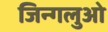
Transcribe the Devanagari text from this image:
जिन्गलुओ